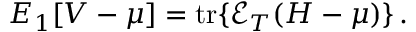
\begin{array} { r } { E _ { 1 } [ V - \mu ] = \mathrm { t r } \{ \mathcal E _ { T } ( H - \mu ) \} \, . } \end{array}